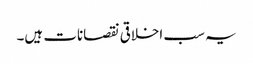
یہ سب اخلاقی نقصانات ہیں۔